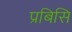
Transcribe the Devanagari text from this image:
प्रबिसि